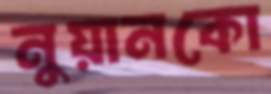
নুয়ানকো